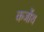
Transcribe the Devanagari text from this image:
कर्जोथ